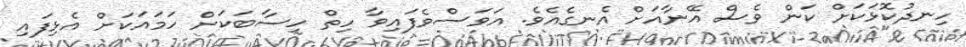
ހިނދުކޮޅަކަށް ކަން ވެސް އޭނާއަށް އެނގެއެވެ. އަވަސްވެފައިވާ ހިތް ހިސާބަކަށް ހަމައަކަށް އެޅިފައި